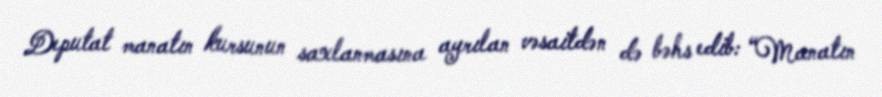
Deputat manatın kursunun saxlanmasına ayrılan vəsaitdən də bəhs edib: “Manatın